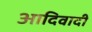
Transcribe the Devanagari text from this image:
आदिवादी